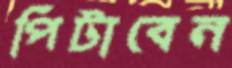
পিটাবেন